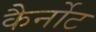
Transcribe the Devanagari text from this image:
कैर्नोट